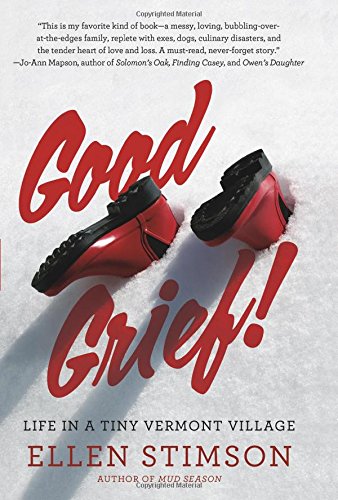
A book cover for Good Grief: Life in a Tiny Vermont Village; Ellen Stimson; Humor & Entertainment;